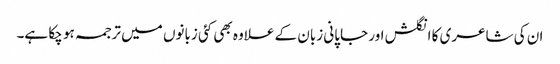
ان کی شاعری کا انگلش اور جاپانی زبان کے علاوہ بھی کئی زبانوں میں ترجمہ ہو چکا ہے۔